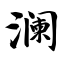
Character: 澜